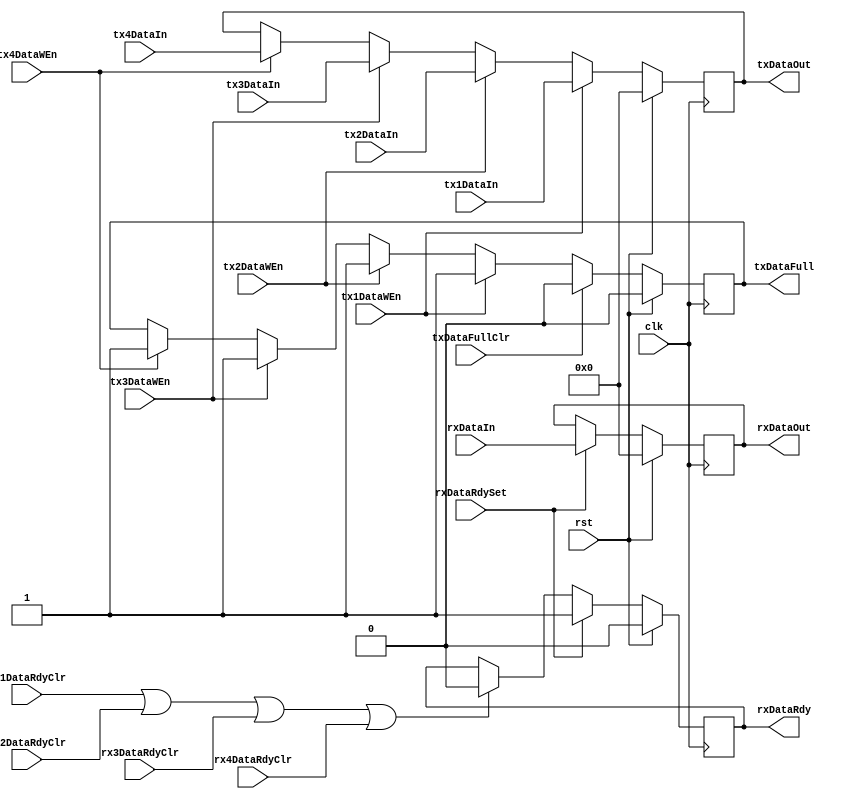
module spiTxRxData (
  clk,
  rst,

  tx1DataIn,
  tx2DataIn,
  tx3DataIn,
  tx4DataIn,
  tx1DataWEn,
  tx2DataWEn,
  tx3DataWEn,
  tx4DataWEn,

  txDataOut,
  txDataFull,
  txDataFullClr,

  rx1DataRdyClr,
  rx2DataRdyClr,
  rx3DataRdyClr,
  rx4DataRdyClr,

  rxDataIn,
  rxDataOut,
  rxDataRdy,
  rxDataRdySet
);

input clk;
input rst;

input [7:0] tx1DataIn;
input [7:0] tx2DataIn;
input [7:0] tx3DataIn;
input [7:0] tx4DataIn;
input tx1DataWEn;
input tx2DataWEn;
input tx3DataWEn;
input tx4DataWEn;

output [7:0] txDataOut;
reg [7:0] txDataOut;
output txDataFull;
reg txDataFull;
input txDataFullClr;

input rx1DataRdyClr;
input rx2DataRdyClr;
input rx3DataRdyClr;
input rx4DataRdyClr;

input [7:0] rxDataIn;
output [7:0] rxDataOut;
reg [7:0] rxDataOut;
output rxDataRdy;
reg rxDataRdy;
input rxDataRdySet;


// --- Transmit control
always @(posedge clk) begin
  if (rst == 1'b1) begin
    txDataOut <= 8'h00;
    txDataFull <= 1'b0;
  end
  else begin
    if (tx1DataWEn == 1'b1) begin
      txDataOut <= tx1DataIn;
      txDataFull <= 1'b1;
    end
    else if (tx2DataWEn == 1'b1) begin
      txDataOut <= tx2DataIn;
      txDataFull <= 1'b1;
    end
    else if (tx3DataWEn == 1'b1) begin
      txDataOut <= tx3DataIn;
      txDataFull <= 1'b1;
    end
    else if (tx4DataWEn == 1'b1) begin
      txDataOut <= tx4DataIn;
      txDataFull <= 1'b1;
    end
    if (txDataFullClr == 1'b1)
      txDataFull <= 1'b0;
  end
end

// --- Receive control
always @(posedge clk) begin
  if (rst == 1'b1) begin
    rxDataOut <= 8'h00;
    rxDataRdy <= 1'b0;
  end
  else begin
    if (rx1DataRdyClr == 1'b1 || rx2DataRdyClr == 1'b1 || rx3DataRdyClr == 1'b1 || rx4DataRdyClr == 1'b1) begin
      rxDataRdy <= 1'b0;
    end
    if (rxDataRdySet == 1'b1) begin
      rxDataRdy <= 1'b1;
      rxDataOut <= rxDataIn;
    end
  end
end

endmodule